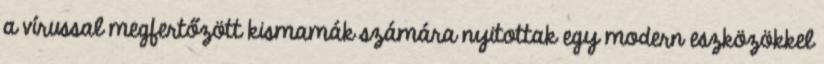
a vírussal megfertőzött kismamák számára nyitottak egy modern eszközökkel